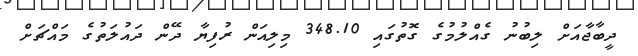
ދީބާޖާއަށް ލިބުނު ގެއްލުމުގެ ގޮތުގައި 348.10 މިލިއަން ރުފިޔާ ދޭން ދައުލަތުގެ މައްޗަށް